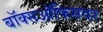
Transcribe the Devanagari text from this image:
बॉक्सऑफिसवर